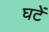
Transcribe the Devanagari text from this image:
घटें